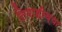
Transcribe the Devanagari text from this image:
तिमाहीच्या